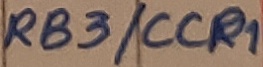
Text: RB3/CCP1